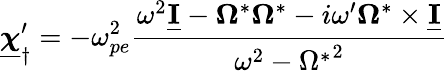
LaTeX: \underline{{\boldsymbol\chi}}_{\dagger}^{\prime}=-\omega_{pe}^{2}\frac{\omega^{2}\underline{{\mathbf I}}-\boldsymbol\Omega^{*}\boldsymbol\Omega^{*}-i\omega^{\prime}\boldsymbol\Omega^{*}\times\underline{{\mathbf I}}}{\omega^{2}-{\Omega^{*}}^{2}}